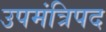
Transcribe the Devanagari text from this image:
उपमंत्रिपद